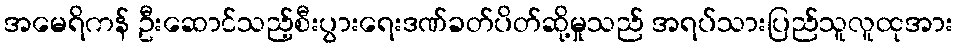
အမေရိကန် ဦးဆောင်သည့်စီးပွားရေးဒဏ်ခတ်ပိတ်ဆို့မှုသည် အရပ်သားပြည်သူလူထုအား